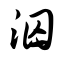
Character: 泅